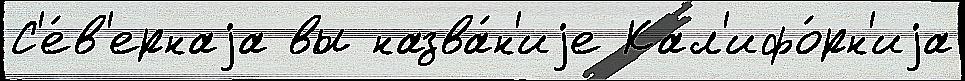
С'е́в'ернаjа вы назва́н'иjе Кал'ифо́рн'иjа